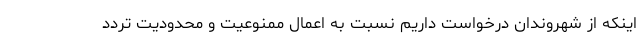
اینکه از شهروندان درخواست داریم نسبت به اعمال ممنوعیت و محدودیت تردد